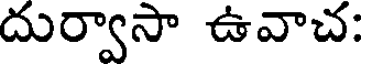
దుర్వాసా ఉవాచ: